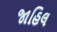
જાહિલ